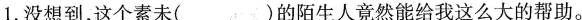
1.没想到，这个素未（）的陌生人竟然能给我这么大的帮助。